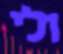
ולי